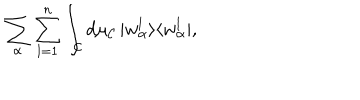
\sum _ { \alpha } \sum _ { l = 1 } ^ { n } \int _ { \cal C } \mathrm { d } \mu _ { \cal C } \, | w _ { \alpha } ^ { l } \rangle \langle w _ { \alpha } ^ { l } | ,